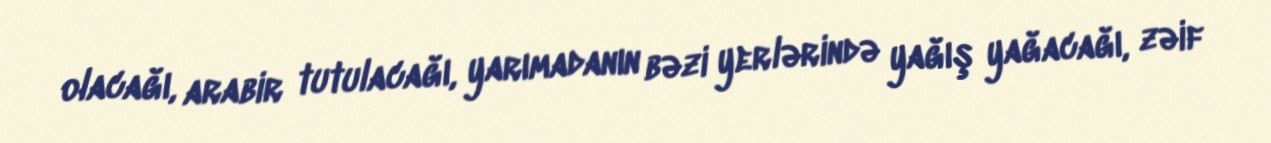
olacağı, arabir tutulacağı, yarımadanın bəzi yerlərində yağış yağacağı, zəif